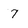
Character: 7